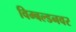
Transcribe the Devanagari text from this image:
विम्बल्डनवर